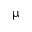
\upmu